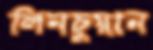
লিনচুয়ান